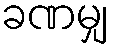
ခဏမျှ